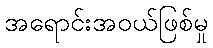
အရောင်းအဝယ်ဖြစ်မှု